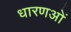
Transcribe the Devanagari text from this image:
धारणओं